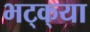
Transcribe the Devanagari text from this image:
भट्‌क्‌या